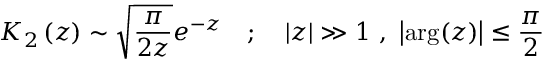
K _ { 2 } \left( z \right) \sim \sqrt { \frac { \pi } { 2 z } } e ^ { - z } \quad ; \quad | z | \gg 1 ~ , ~ \left| \mathrm { a r g } ( z ) \right| \le \frac { \pi } { 2 }